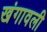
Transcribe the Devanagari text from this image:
खंगावली